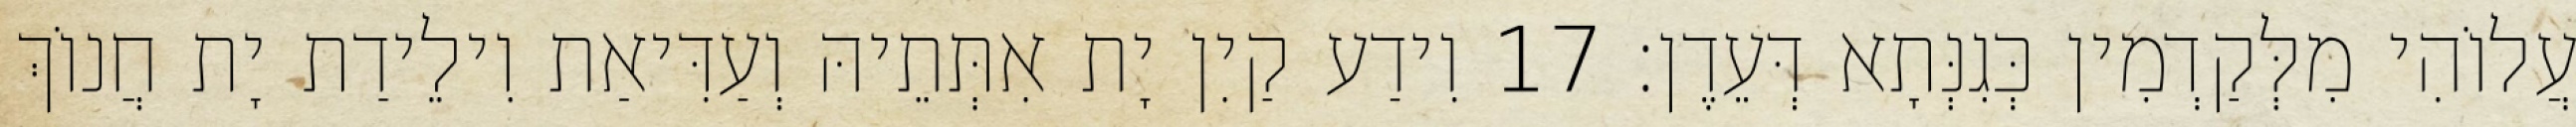
עֲלוֹהִי מִלְּקַדְמִין כְּגִנְּתָא דְּעֵדֶן׃ 17 וִידַע קַיִן יָת אִתְּתֵיהּ וְעַדִּיאַת וִילֵידַת יָת חֲנוֹךְ